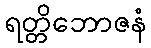
ရတ္တိဘောဇနံ